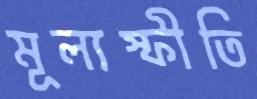
মূল্যস্ফীতি